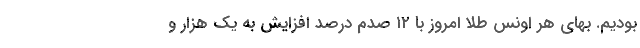
بودیم. بهای هر اونس طلا امروز با ۱۲ صدم درصد افزایش به یک‌ هزار و